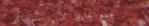
مجمع تجاري كبير يضم أكبر